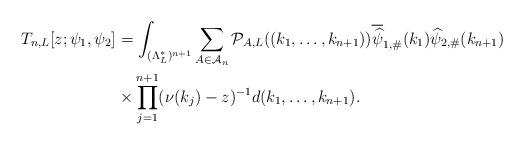
LaTeX: \begin{align*} T_{n,L}[z;\psi_1,\psi_2] & = \int_{(\Lambda_L^*)^{n+1}} \sum_{A \in \mathcal{A}_n} \mathcal{P}_{A,L}((k_1, \ldots , k_{n+1})) \overline{\widehat{\psi}}_{1,\#}(k_1) \widehat{\psi}_{2,\#}(k_{n+1}) \\ &\times \prod_{j=1}^{n+1} (\nu( k_j) - z)^{-1} d (k_1, \ldots , k_{n+1}).\end{align*}